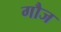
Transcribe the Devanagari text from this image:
गौज